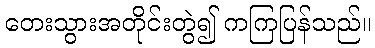
တေးသွားအတိုင်းတွဲ၍ ကကြပြန်သည်။